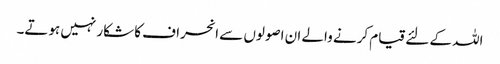
اللہ کے لئے قیام کرنے والے ان اصولوں سے انحراف کا شکار نہیں ہوتے۔